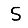
Digit: 5